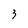
Character: 3